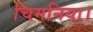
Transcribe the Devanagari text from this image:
चिमनिया।